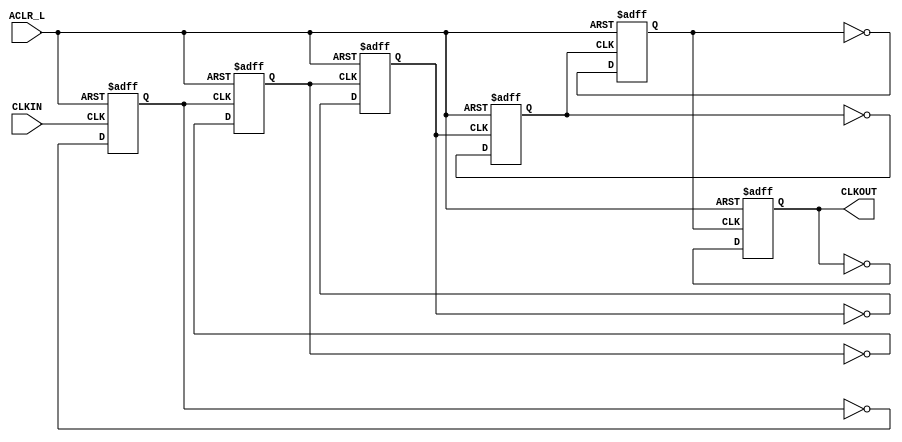
`timescale 1ns / 1ps
//////////////////////////////////////////////////////////////////////////////////
// 
// Design Name: VGADriver
// Module Name: Clk25Mhz
// Project Name: Lab 5
// Description: Divides system clock to the pixel clock using a synchronous counter
// Revision:
// Revision 1.01 - Clock Divider written
//////////////////////////////////////////////////////////////////////////////////
module Clk10Khz(
    input CLKIN, ACLR_L,
    output wire CLKOUT
    );
    wire aclr_i;
    reg q1_i, q2_i, q3_i, q4_i, q5_i, q6_i;
    assign aclr_i = ~ACLR_L;
    
    //Divides the clock by 2
    always @(posedge CLKIN or posedge aclr_i)
    begin
        if(aclr_i == 1'b1)
            q1_i <= 1'b0;
        else begin
            q1_i <= ~(q1_i);
        end      
    end
    //Divides by 4
    always @(posedge q1_i or posedge aclr_i)
    begin
        if(aclr_i == 1'b1)
            q2_i <= 1'b0;
        else begin
            q2_i <= ~(q2_i);
        end                
    end
    //Divides by 8
    always @(posedge q2_i or posedge aclr_i)
    begin
        if(aclr_i == 1'b1)
            q3_i <= 1'b0;
        else begin
            q3_i <= ~(q3_i);
        end                
    end
    //Divides by 16
    always @(posedge q3_i or posedge aclr_i)
    begin
        if(aclr_i == 1'b1)
            q4_i <= 1'b0;
        else begin
            q4_i <= ~(q4_i);
        end                
    end
    //Divides by 32
    always @(posedge q4_i or posedge aclr_i)
    begin
        if(aclr_i == 1'b1)
            q5_i <= 1'b0;
        else begin
            q5_i <= ~(q5_i);
        end                
    end
    //Divides by 64
    always @(posedge q5_i or posedge aclr_i)
    begin
        if(aclr_i == 1'b1)
            q6_i <= 1'b0;
        else begin
            q6_i <= ~(q6_i);
        end                
    end
    assign CLKOUT = q6_i; 
endmodule